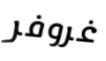
غروفر